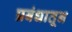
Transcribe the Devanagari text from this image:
प्रबंधातून